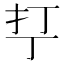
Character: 𰒾